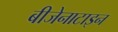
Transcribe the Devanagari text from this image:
बीजेनाटाइन